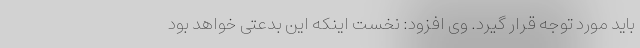
باید مورد توجه قرار گیرد. وی افزود: نخست اینکه این بدعتی خواهد بود